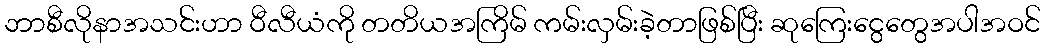
ဘာစီလိုနာအသင်းဟာ ဝီလီယံကို တတိယအကြိမ် ကမ်းလှမ်းခဲ့တာဖြစ်ပြီး ဆုကြေးငွေတွေအပါအဝင်